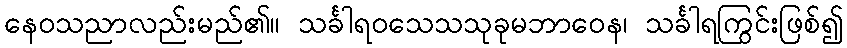
နေဝသညာလည်းမည်၏။ သင်္ခါရဝသေသသုခုမဘာဝေန၊ သင်္ခါရကြွင်းဖြစ်၍